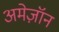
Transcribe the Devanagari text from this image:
अमेज़ॉन